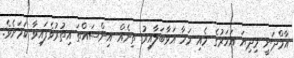
އާމްދަނީ މިދިޔަ އަހަރުގެ މެއި މަހާ އަޅާބަލާއިރު ތިނެއް އިންސައްތަ އިތުރުވެފައިވާ ކަމަށެވެ.